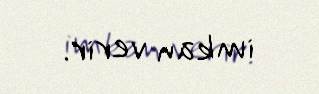
imkan verir.